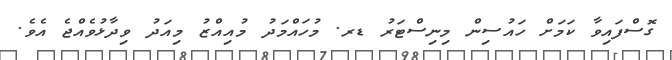
ގޮސްފައިވާ ކަމަށް ހައުސިން މިނިސްޓަރު ޑރ. މުހައްމަދު މުއިއްޒު މިއަދު ވިދާޅުވެއްޖެ އެވެ.